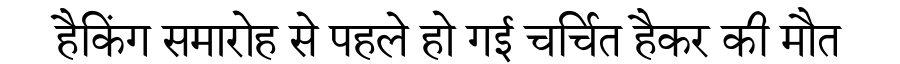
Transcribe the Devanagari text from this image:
हैकिंग समारोह से पहले हो गई चर्चित हैकर की मौत